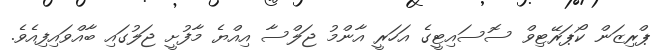
ޕްރިޒަން ކޯޕަރޭޓިވް ސޮސައިޓީގެ އަހަރީ އާންމު ޖަލްސާ އިއްޔެ މާފުށީ ޖަލުގައި ބާއްވައިފިއެވެ.